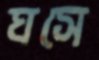
ঘসে